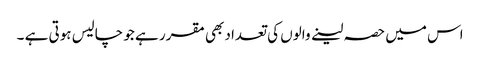
اس میں حصہ لینے والوں کی تعداد بھی مقرر ہے جو چالیس ہوتی ہے ۔